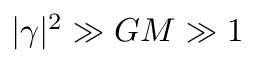
| \gamma | ^ { 2 } \gg G M \gg 1